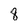
Character: 8